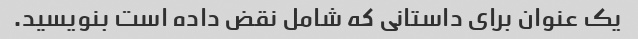
یک عنوان برای داستانی که شامل نقض داده است بنویسید.